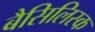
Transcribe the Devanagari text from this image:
बैसिलिस्क